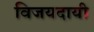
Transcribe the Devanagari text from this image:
विजयदायी